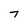
Character: 7